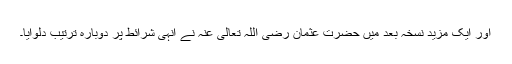
اور ایک مزید نسخہ بعد میں‌ حضرت عثمان رضی اللہ تعالی عنہ نے انہی شرائط پر دوبارہ ترتیب دلوایا۔